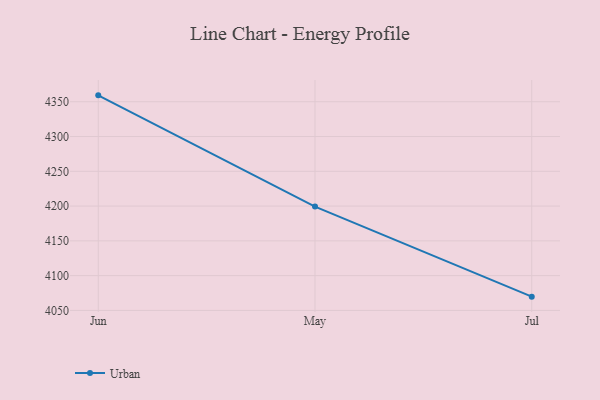
{"axis": {"x": "Month", "y": "Tickets Resolved"}, "legend": ["Urban"], "data": [{"x": "Jun", "y": 4359.2, "type": "Urban"}, {"x": "May", "y": 4199.3, "type": "Urban"}, {"x": "Jul", "y": 4069.8, "type": "Urban"}]}